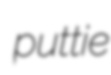
puttie